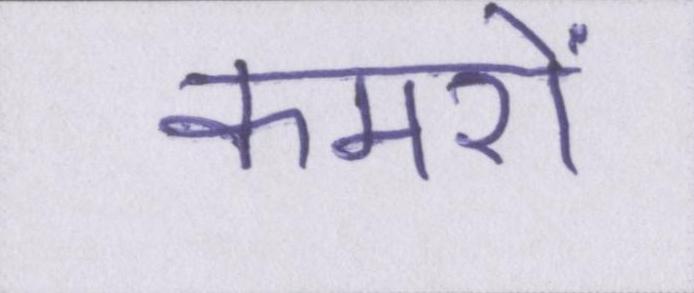
कमरों